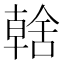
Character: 𮍿